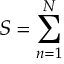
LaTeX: S = \sum _ { n = 1 } ^ { N }